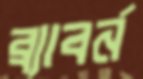
ব্র্যাবর্ন